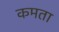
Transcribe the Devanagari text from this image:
कमता